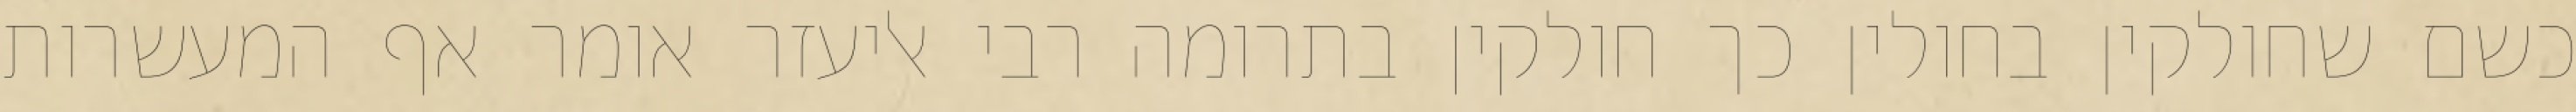
כשם שחולקין בחולין כך חולקין בתרומה רבי אליעזר אומר אף המעשרות